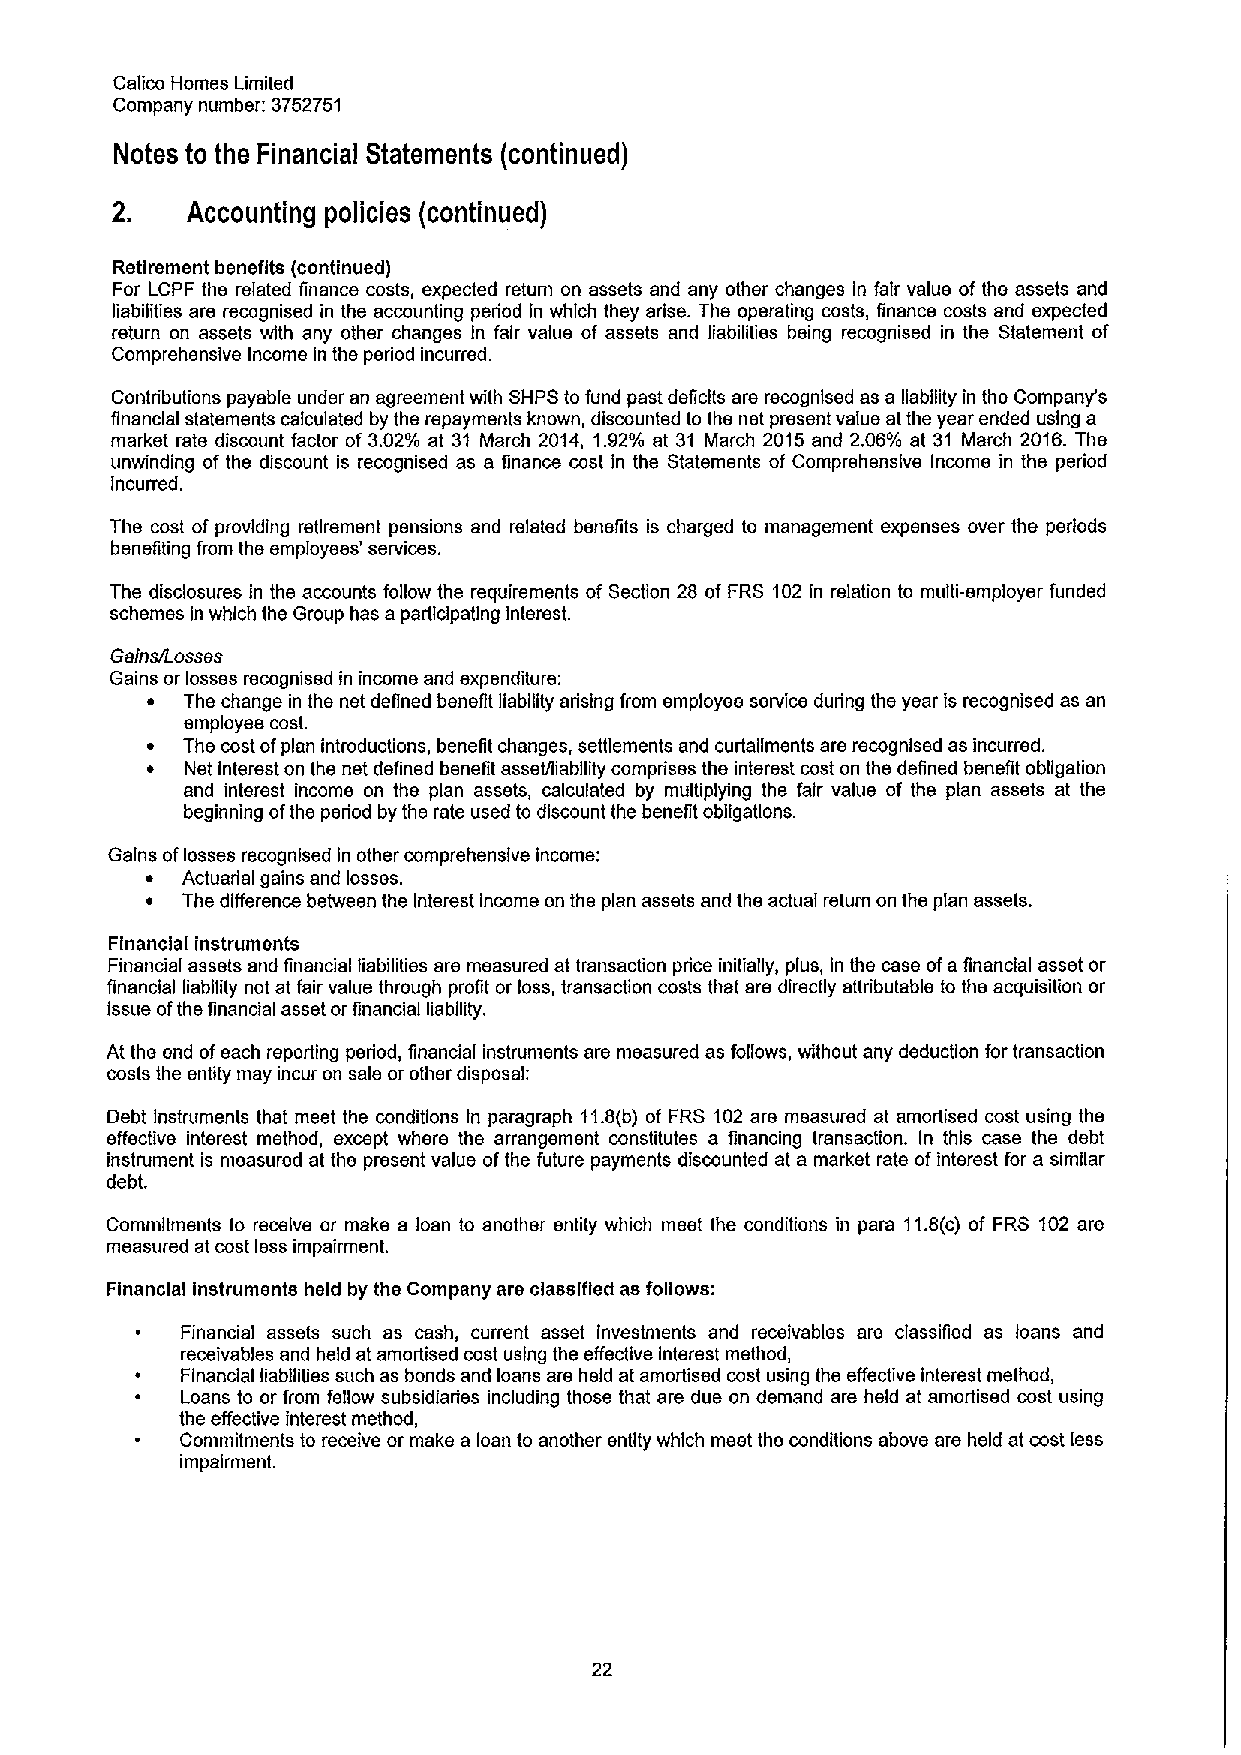
Calico Homes Limited
 Company number: 3752751
 Notes to the Financial Statements (continued)
 2.   Accounting policies (continued)
 Retirement benefits (continued)
 For LCPF the related finance costs, expected return on assets and any other changes in fair value of the assets and
 liabilities are recognised in the accounting period in which they arise. The operating costs, finance costs and expected
 return on assets with any other changes In fair value of assets and liabilities being recognised in the Statement of
 Comprehensive Income in the period incurred.
 Contributions payable under an agreement with SHPS to fund past deflclts ars recognised as a liability in the Company's
 financial statements calculated by the repayments known, discounted to ths net present value at the year ended using a
 market rate discount factor of 3.02% at 31 March 2014, 1.92% at 31 March 2015 and 2.06% at 31 March 2016.The
 unwinding of the discount is recognised as a finance cost in the Statements of Comprehensive Income in the period
 incurred.
 The cost of providing retirement pensions and related benefits is charged to management expenses over the periods
 benefiting from the employees' services.
 The disclosures in the accounts follow the requirements ofSection 28 of FRS 102 in relation to multi-employer funded
 schemes in which the Group has a participating Interest.
 Gains/Losses
 Gains or losses recognised in income and expenditure:
 ~ The change in the net defined bensfit liability arising from employee service during the year is recognised as an
 employee cost.
 ~ The cost ofplan introductions, benefit changes, settlements and curtailments are recognised as incurred.
 ~ Net interest on the net defined benefit asseUliability comprises the interest cost on the defined benefit obfigation
 and interest income on ths plan assets, calculated by multiplying the fair value of the plan assets at the
 beginning ofthe period by the rate used to discount the benefit obligations.
 Gains oflosses recognised in other comprehensive income:
 ~ Actuarial gains and losses.
 ~ The difference between the Interest income on the plan assets and ths actual return on the plan assets.
 Financial instruments
 Financial assets and financial liabilities are measured at transaction price initially, plus, in the case ofa financial asset or
 financial liability not at fair value through profit or loss, transaction costs that are directly attributable to the acquisition or
 issue ofthe financial asset or financial liability.
 At the end ofeach reporting period, financial instruments are measured as follows, without any deduction for transaction
 costs the entity may incur on sale or other disposal:
 Debt Instruments that meet the conditions In paragraph 11.8(b) of FRS 102 ars measured at amortised cost using the
 effective interest method, except where ths arrangement constitutes a financing transaction. In this case the debt
 instrument is measured at the present value ofthe future payments discounted at a market rats ofinterest for a similar
 debt.
 Commitmsnts to receive or make a loan to another entity which meet the conditions in para 11.8(c) of FRS 102 are
 measured at cost less impairment.
 Financial instruments held by the Company are classified as follows:
 Financial assets such as cash, current asset investments and receivables are classified as loans and
 receivables and held at amortised cost using the effective Interest method,
 Financial liabfiifies such as bonds and loans are held at amortised cost using the effective interest method,
 Loans to or from fellow subsidiaries including those that are due on demand are held at amortised cost using
 the effective interest method,
 Commitments to receive or make a loan to another entity which meet the conditions above are held at cost less
 impairment.
 22